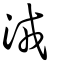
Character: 𣴛